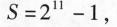
$$S = 2 ^ { 1 1 } - 1$$，